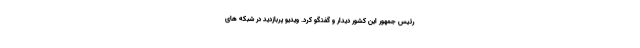
رئیس جمهور این کشور دیدار و گفتگو کرد. ویدیو پربازدید در شبکه های